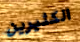
الكثيرين